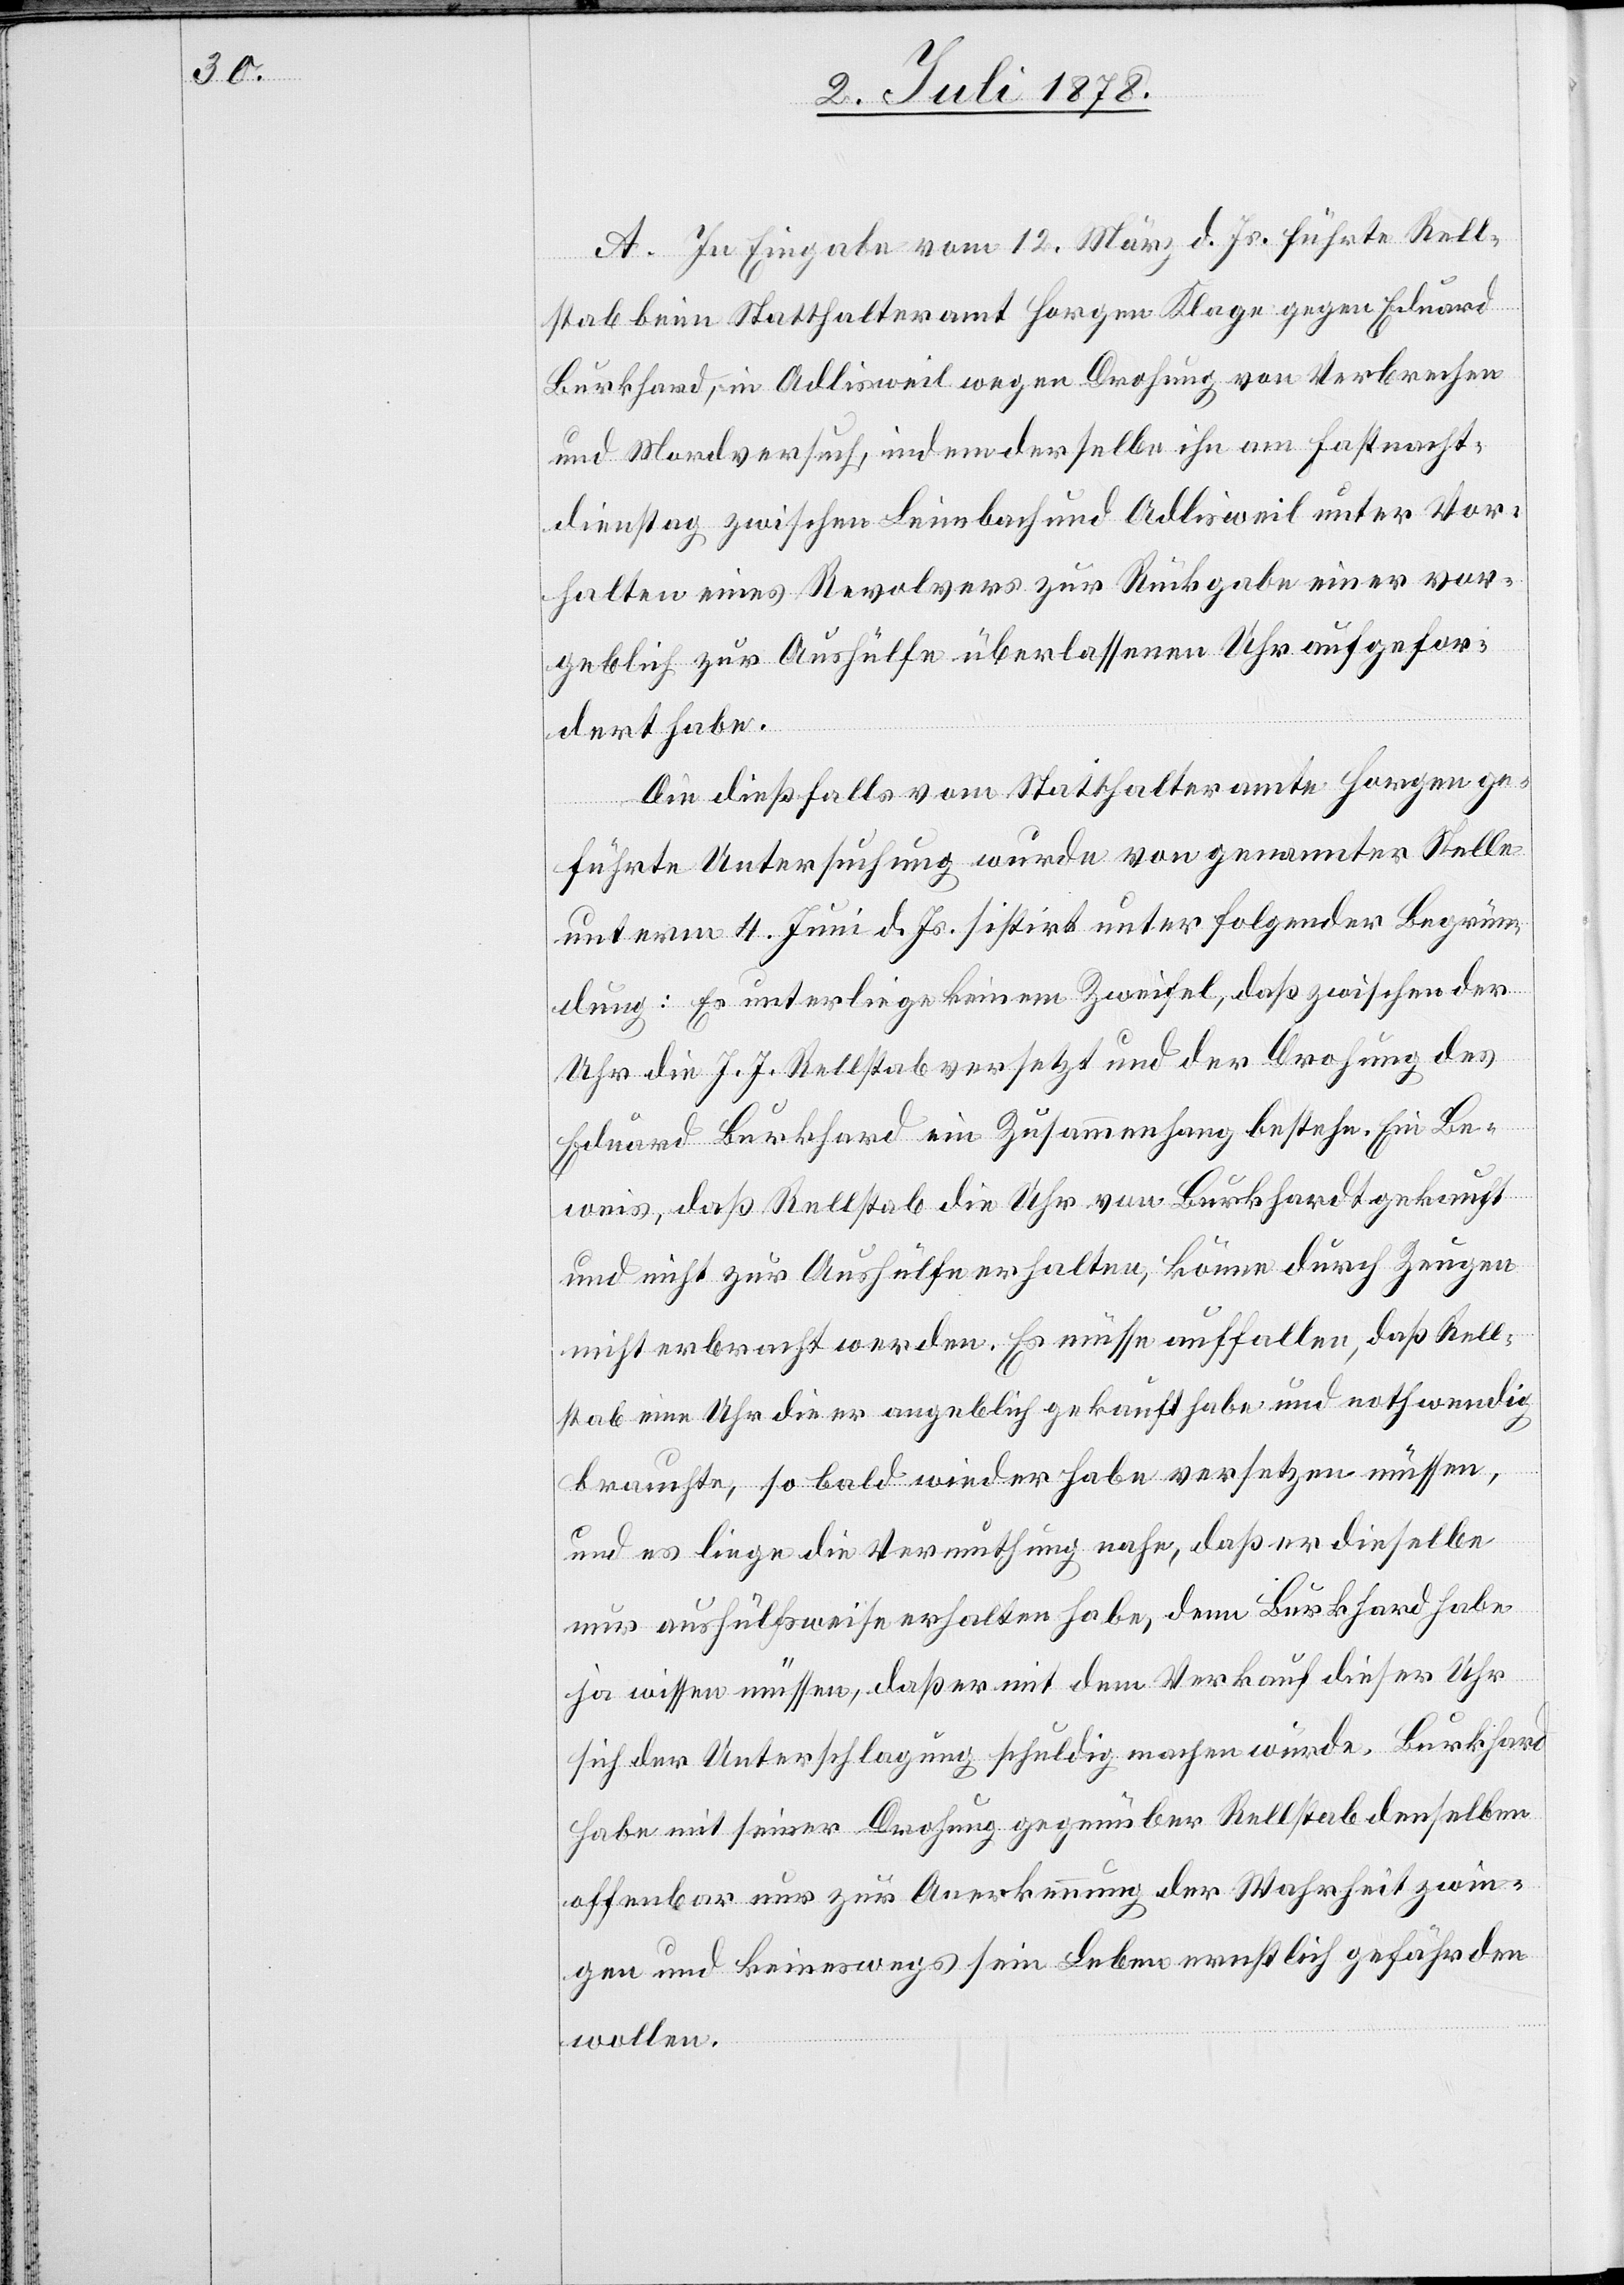
A. In Eingabe vom 12. März d. Js. führte Rell¬
stab beim Statthalteramt Horgen Klage gegen Eduard
Burkhard, in Adlisweil wegen Drohung von Verbrechen
und Mordsversuch, indem derselbe ihn am Fastnacht¬
dienstag zwischen Leimbach und Adlisweil unter Vor¬
halten eines Revolvers zur Rückgabe einer vor¬
geblich zur Aushülfe überlassenen Uhr aufgefor¬
dert habe.
Die dießfalls vom Statthalteramte Horgen ge¬
führte Untersuchung wurde von genannter Stelle
unterm 4. Juni d. Js. sistirt unter folgender Begrün¬
dung: Es unterliege keinem Zweifel, daß zwischen der
Uhr die J. J. Rellstab versetzt und der Drohung des
Eduard Burkhard ein Zusammenhang bestehe. Ein Be¬
weis, daß Rellstab die Uhr von Burkhardt [sic!] gekauft
und nicht zur Aushülfe erhalten, könne durch Zeugen
nicht erbracht werden. Es müsse auffallen, daß Rell¬
stab eine Uhr die er angeblich gekauft habe und nothwendig
brauchte, so bald wieder habe versetzen müssen,
und es liege die Vermuthung nahe, daß er dieselbe
nur aushülfsweise erhalten habe, denn Burkhard habe
ja wissen müssen, daß er mit dem Verkauf dieser Uhr
sich der Unterschlagung schuldig machen würde. Burkhard
habe mit seiner Drohung gegenüber Rellstab denselben
offenbar nur zur Anerkennung der Wahrheit zwin¬
gen und keineswegs sein Leben ernstlich gefährden
wollen.